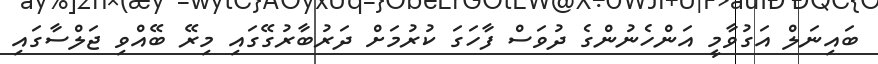
ބައިނަލް އަގުވާމީ އަންހެނުންގެ ދުވަސް ފާހަގަ ކުރުމަށް ދަރުބާރުގޭގައި މިރޭ ބޭއްވި ޖަލްސާގައި